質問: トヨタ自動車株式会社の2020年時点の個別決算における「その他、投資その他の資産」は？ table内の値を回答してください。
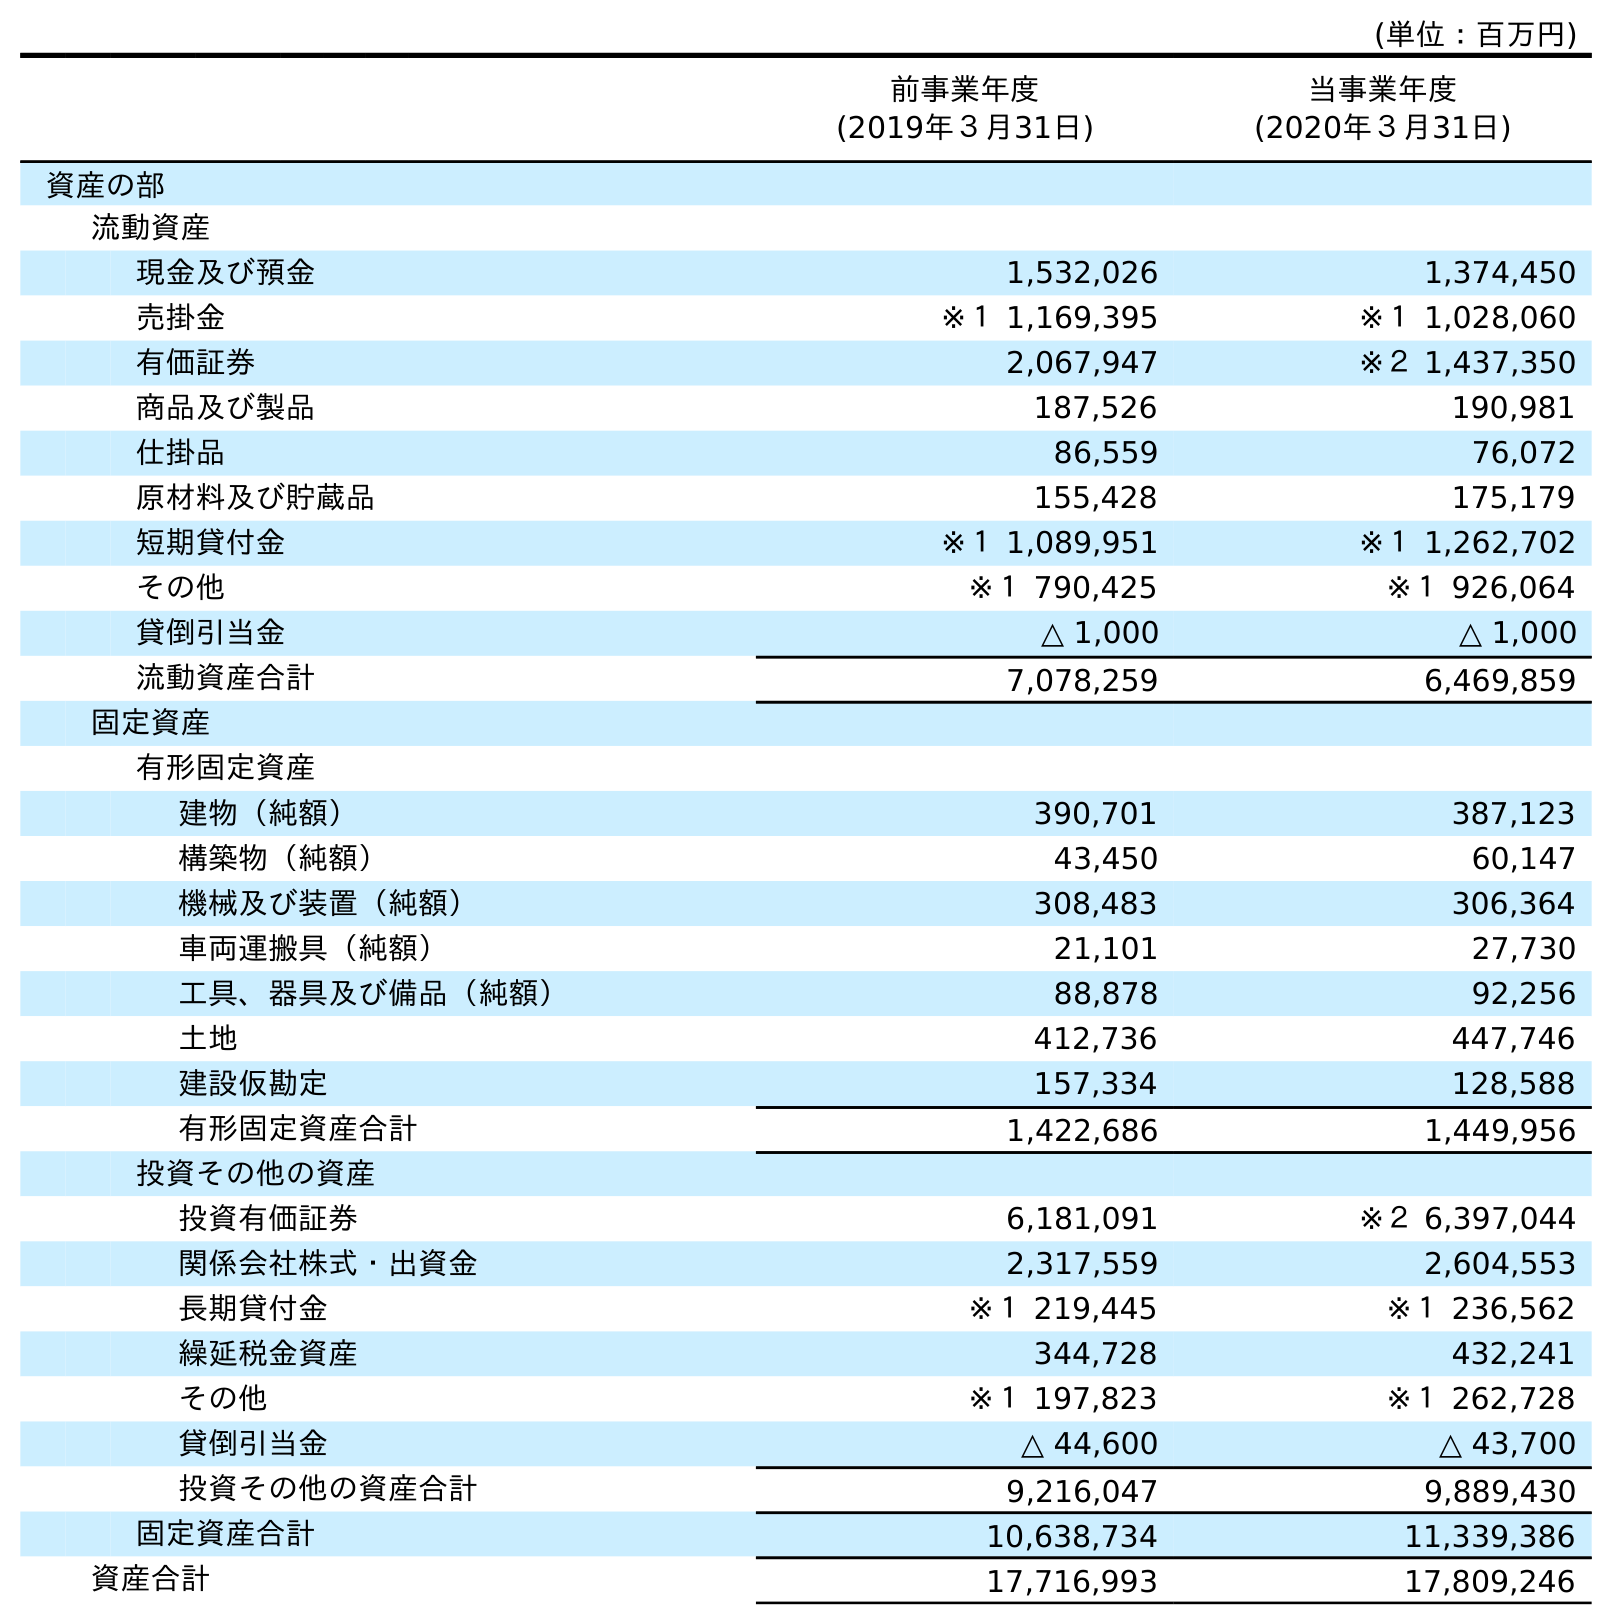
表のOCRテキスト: (単位：百万円) 前事業年度 (2019年３月31日) 当事業年度 (2020年３月31日) 資産の部 流動資産 現金及び預金 1,532,026 1,374,450 売掛金 ※１ 1,169,395 ※１ 1,028,060 有価証券 2,067,947 ※２ 1,437,350 商品及び製品 187,526 190,981 仕掛品 86,559 76,072 原材料及び貯蔵品 155,428 175,179 短期貸付金 ※１ 1,089,951 ※１ 1,262,702 その他 ※１ 790,425 ※１ 926,064 貸倒引当金 △ 1,000 △ 1,000 流動資産合計 7,078,259 6,469,859 固定資産 有形固定資産 建物（純額） 390,701 387,123 構築物（純額） 43,450 60,147 機械及び装置（純額） 308,483 306,364 車両運搬具（純額） 21,101 27,730 工具、器具及び備品（純額） 88,878 92,256 土地 412,736 447,746 建設仮勘定 157,334 128,588 有形固定資産合計 1,422,686 1,449,956 投資その他の資産 投資有価証券 6,181,091 ※２ 6,397,044 関係会社株式・出資金 2,317,559 2,604,553 長期貸付金 ※１ 219,445 ※１ 236,562 繰延税金資産 344,728 432,241 その他 ※１ 197,823 ※１ 262,728 貸倒引当金 △ 44,600 △ 43,700 投資その他の資産合計 9,216,047 9,889,430 固定資産合計 10,638,734 11,339,386 資産合計 17,716,993 17,809,246
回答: ※１262,728